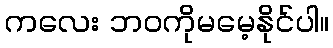
ကလေး ဘဝကိုမမေ့နိုင်ပါ။